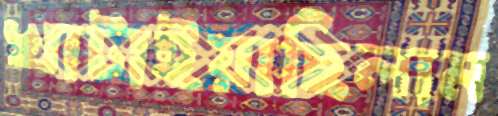
খাটাইয়াছিলাম